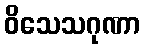
ဝိသေသဂုဏာ